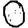
Digit: 0